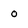
Character: o